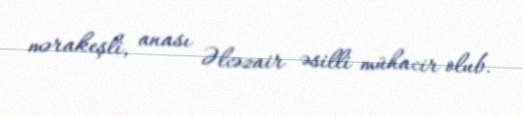
mərakeşli, anası Əlcəzair əsilli mühacir olub.